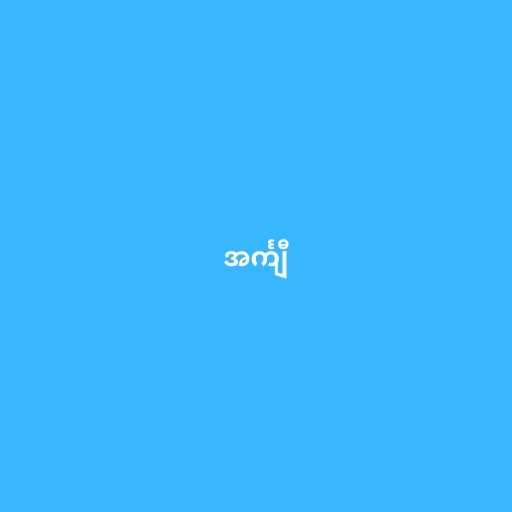
အင်္ကျီ